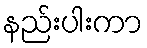
နည်းပါးကာ